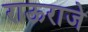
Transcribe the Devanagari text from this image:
राऊराजे